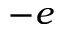
- e